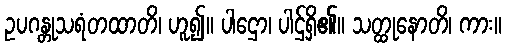
ဥပဂန္တုသရံတထာတိ၊ ဟူ၍။ ပါဌော၊ ပါဌ်ရှိ၏။ သတ္ထုနောတိ၊ ကား။